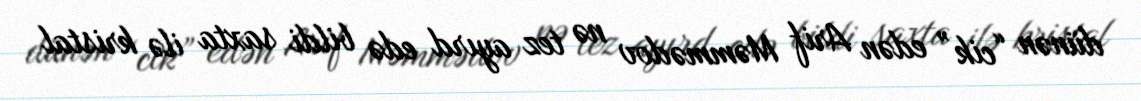
dünən “cik” edən Arif Məmmədov nə tez ayırd edə bildi saxta ilə kristal